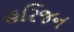
હરિજન